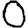
Digit: 0